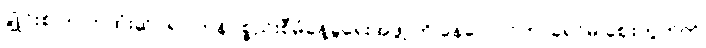
ချွိုင်းစ် က ကုထုံးဆိုင်ရာ ကုန်ပစ္စည်းစီမံခန့်ခွဲရေးအဖွဲ့ ကို နေလောင်ကာခရင်မ် ဈေးကွက်ကို